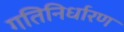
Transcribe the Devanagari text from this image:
गतिनिर्धारण